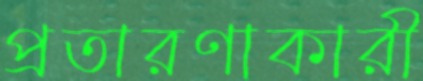
প্রতারণাকারী